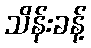
သိန်းခန့်